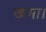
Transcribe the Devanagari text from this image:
खंभा।